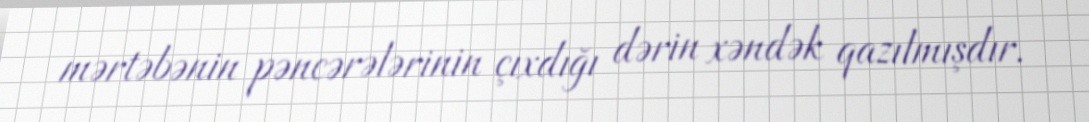
mərtəbənin pəncərələrinin çıxdığı dərin xəndək qazılmışdır.